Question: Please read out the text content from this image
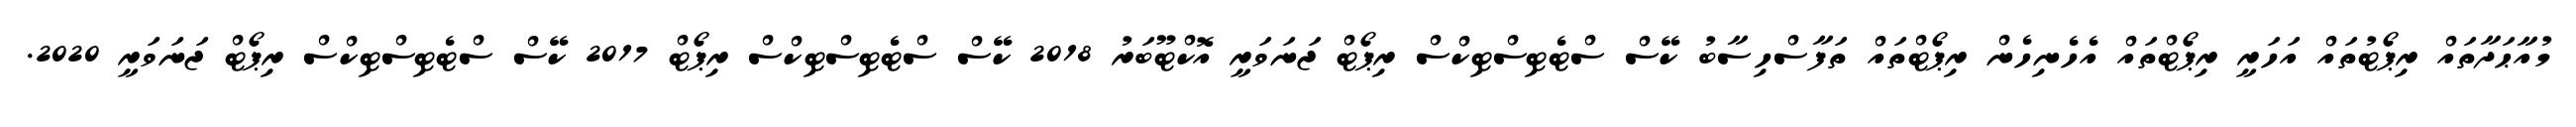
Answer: މުއާޙަދާތައް ރިޕޯޓުތައް އަހަރީ ރިޕޯޓްތައް އެހެނިހެން ރިޕޯޓްތައް ތަފާސްހިސާބު ކޭސް ސްޓެޓިސްޓިކްސް ރިޕޯޓް ޖަނަވަރީ އޮކްޓޫބަރު 2018 ކޭސް ސްޓެޓިސްޓިކްސް ރިޕޯޓް 2017 ކޭސް ސްޓެޓިސްޓިކްސް ރިޕޯޓް ޖަނަވަރީ 2020.